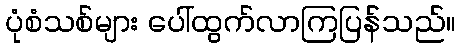
ပုံစံသစ်များ ပေါ်ထွက်လာကြပြန်သည်။